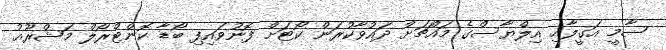
ސާމީ އަގީލާއި އިލްޔާސްގެ މައްޗަށް ދައުވާކުރަން ކޯޓަށް ފޮނުވައިފި ބޯޑާ ކޮންޓްރޯލް މަޝްރޫއު